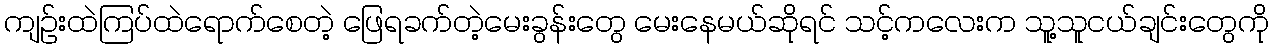
ကျဉ်းထဲကြပ်ထဲရောက်စေတဲ့ ဖြေရခက်တဲ့မေးခွန်းတွေ မေးနေမယ်ဆိုရင် သင့်ကလေးက သူ့သူငယ်ချင်းတွေကို